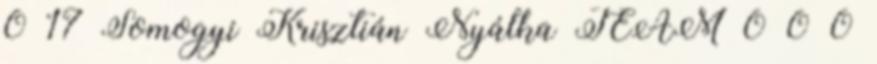
0 17 Somogyi Krisztián Nyálka TEAM 0 0 0